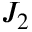
J _ { 2 }